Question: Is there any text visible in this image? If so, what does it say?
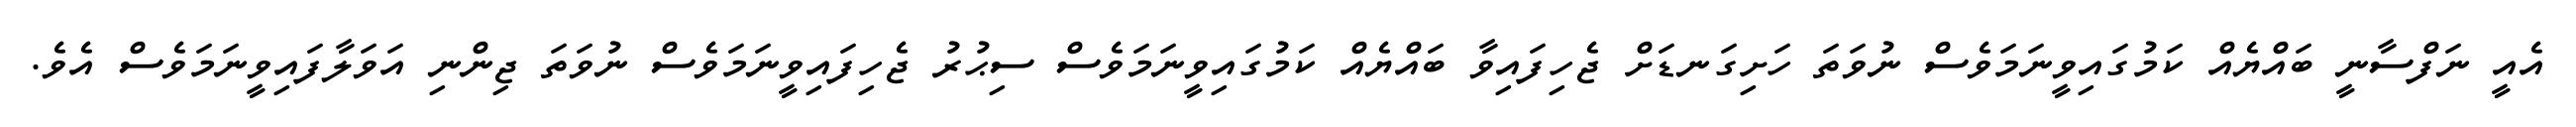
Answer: އެއީ ނަފްސާނީ ބައްޔެއް ކަމުގައިވީނަމަވެސް ނުވަތަ ހަށިގަނޑަށް ޖެހިފައިވާ ބައްޔެއް ކަމުގައިވީނަމަވެސް ސިޙުރު ޖެހިފައިވީނަމަވެސް ނުވަތަ ޖިންނި އަވަލާފައިވީނަމަވެސް އެވެ.